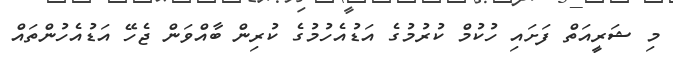
މި ޝަރީއަތް ފަށައި ހުކުމް ކުރުމުގެ އަޑުއެހުމުގެ ކުރިން ބާއްވަން ޖެހޭ އަޑުއެހުންތައް